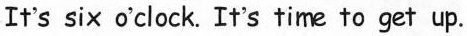
It's six o'clock. It's time to get up.